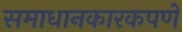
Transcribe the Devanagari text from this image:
समाधानकारकपणे